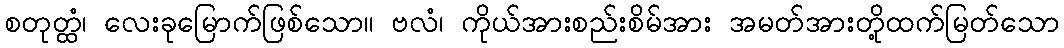
စတုတ္ထံ၊ လေးခုမြောက်ဖြစ်သော။ ဗလံ၊ ကိုယ်အားစည်းစိမ်အား အမတ်အားတို့ထက်မြတ်သော